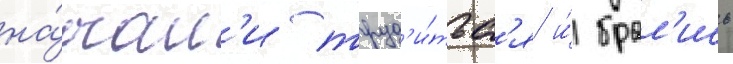
на́чал'и труд'и́тьс'я и́ брал'ись